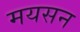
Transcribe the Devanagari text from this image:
मयसन